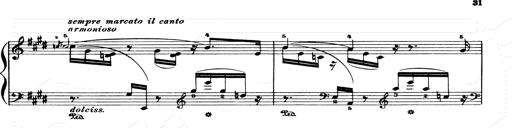
Title: Consolations and LiebestrÃ¤ume for the Piano
Composer: Franz Liszt